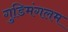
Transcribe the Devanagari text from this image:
गुडिमंगलम